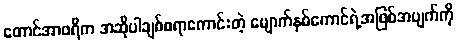
တောင်အာဖရိက အဆိုပါချစ်စရာကောင်းတဲ့ မျောက်နှစ်ကောင်ရဲ့အဖြစ်အပျက်ကို